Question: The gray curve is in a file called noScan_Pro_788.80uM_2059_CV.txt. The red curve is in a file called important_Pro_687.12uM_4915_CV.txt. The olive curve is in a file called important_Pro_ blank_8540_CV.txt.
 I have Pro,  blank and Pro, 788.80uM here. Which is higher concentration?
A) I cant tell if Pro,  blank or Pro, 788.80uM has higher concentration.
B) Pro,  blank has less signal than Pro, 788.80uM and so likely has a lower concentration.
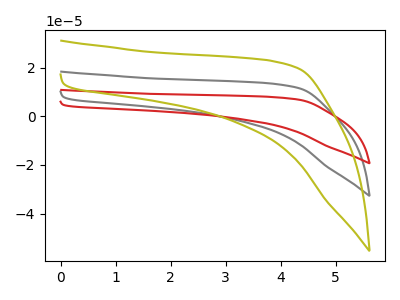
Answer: <think>The gray curve "Pro, 788.80uM" has no peaks. The red curve "Pro, 687.12uM" has no peaks. The olive curve "Pro,  blank" has no peaks.
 Neither "Pro,  blank" or "Pro, 788.80uM" have any peaks.</think>
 <answer>A) I cant tell if "Pro,  blank" or "Pro, 788.80uM" has higher concentration.</answer>
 <eval>A</eval>